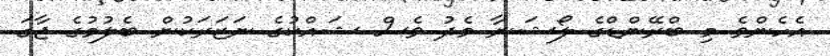
އެހެންވެ މި ބްރޭންޑްގެ ލޯޝަނާ މެދު ވެސް ޝައްކުގެ ނަޒަރަކުން ބެލުމުގެ ޖާގަ